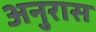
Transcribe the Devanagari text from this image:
अनुरास